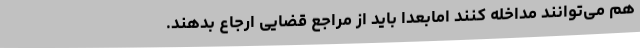
هم می‌توانند مداخله کنند امابعدا باید از مراجع قضایی ارجاع بدهند.